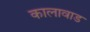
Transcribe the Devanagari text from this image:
कालावाड